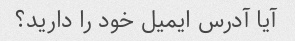
آیا آدرس ایمیل خود را دارید؟